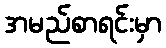
အမည်စာရင်းမှာ